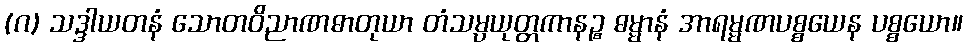
(ဂ) သဒ္ဒါယတနံ သောတဝိညာဏဓာတုယာ တံသမ္ပယုတ္တကာနဉ္စ ဓမ္မာနံ အာရမ္မဏပစ္စယေန ပစ္စယော။